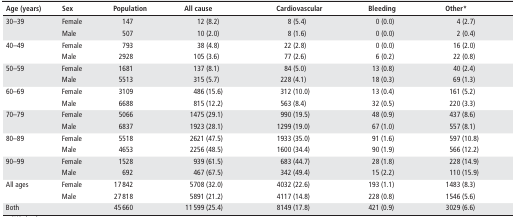
<table><thead><tr><td><b>Age (years)</b></td><td><b>Sex</b></td><td><b>Population</b></td><td><b>All cause</b></td><td><b>Cardiovascular</b></td><td><b>Bleeding</b></td><td><b>Other*</b></td></tr></thead><tbody><tr><td rowspan="2">30–39</td><td>Female</td><td>147</td><td>12 (8.2)</td><td>8 (5.4)</td><td>0 (0.0)</td><td>4 (2.7)</td></tr><tr><td>Male</td><td>507</td><td>10 (2.0)</td><td>8 (1.6)</td><td>0 (0.0)</td><td>2 (0.4)</td></tr><tr><td rowspan="2">40–49</td><td>Female</td><td>793</td><td>38 (4.8)</td><td>22 (2.8)</td><td>0 (0.0)</td><td>16 (2.0)</td></tr><tr><td>Male</td><td>2928</td><td>105 (3.6)</td><td>77 (2.6)</td><td>6 (0.2)</td><td>22 (0.8)</td></tr><tr><td rowspan="2">50–59</td><td>Female</td><td>1681</td><td>137 (8.1)</td><td>84 (5.0)</td><td>13 (0.8)</td><td>40 (2.4)</td></tr><tr><td>Male</td><td>5513</td><td>315 (5.7)</td><td>228 (4.1)</td><td>18 (0.3)</td><td>69 (1.3)</td></tr><tr><td rowspan="2">60–69</td><td>Female</td><td>3109</td><td>486 (15.6)</td><td>312 (10.0)</td><td>13 (0.4)</td><td>161 (5.2)</td></tr><tr><td>Male</td><td>6688</td><td>815 (12.2)</td><td>563 (8.4)</td><td>32 (0.5)</td><td>220 (3.3)</td></tr><tr><td rowspan="2">70–79</td><td>Female</td><td>5066</td><td>1475 (29.1)</td><td>990 (19.5)</td><td>48 (0.9)</td><td>437 (8.6)</td></tr><tr><td>Male</td><td>6837</td><td>1923 (28.1)</td><td>1299 (19.0)</td><td>67 (1.0)</td><td>557 (8.1)</td></tr><tr><td rowspan="2">80–89</td><td>Female</td><td>5518</td><td>2621 (47.5)</td><td>1933 (35.0)</td><td>91 (1.6)</td><td>597 (10.8)</td></tr><tr><td>Male</td><td>4653</td><td>2256 (48.5)</td><td>1600 (34.4)</td><td>90 (1.9)</td><td>566 (12.2)</td></tr><tr><td rowspan="2">90–99</td><td>Female</td><td>1528</td><td>939 (61.5)</td><td>683 (44.7)</td><td>28 (1.8)</td><td>228 (14.9)</td></tr><tr><td>Male</td><td>692</td><td>467 (67.5)</td><td>342 (49.4)</td><td>15 (2.2)</td><td>110 (15.9)</td></tr><tr><td rowspan="2">All ages</td><td>Female</td><td>17 842</td><td>5708 (32.0)</td><td>4032 (22.6)</td><td>193 (1.1)</td><td>1483 (8.3)</td></tr><tr><td>Male</td><td>27 818</td><td>5891 (21.2)</td><td>4117 (14.8)</td><td>228 (0.8)</td><td>1546 (5.6)</td></tr><tr><td>Both</td><td></td><td>45 660</td><td>11 599 (25.4)</td><td>8149 (17.8)</td><td>421 (0.9)</td><td>3029 (6.6)</td></tr></tbody></table>